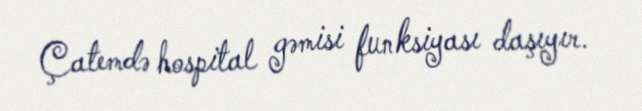
Çatemdə hospital gəmisi funksiyası daşıyır.